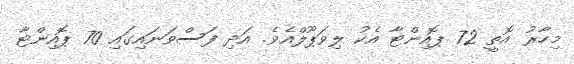
މިހާރު އޮތީ 72 ޕޮއިންޓާ އެކު ލިވަޕޫލްއެވެ. އަދި ފަސްވަނައިގައި 70 ޕޮއިންޓާ